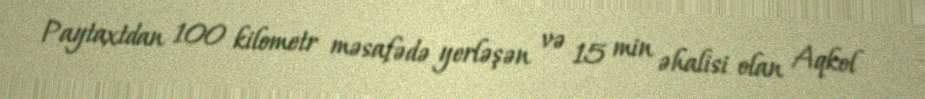
Paytaxtdan 100 kilometr məsafədə yerləşən və 15 min əhalisi olan Aqkol